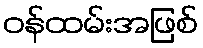
ဝန်ထမ်းအဖြစ်